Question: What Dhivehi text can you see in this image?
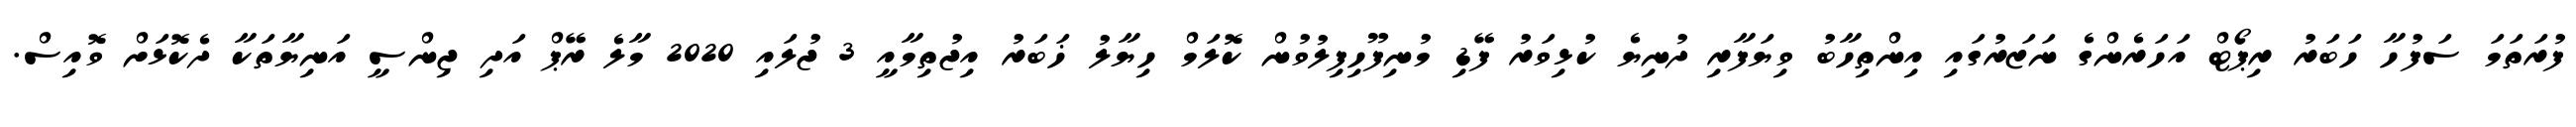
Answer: ފުރަތަމަ ސަފުހާ ހަބަރު ރިޕޯޓް އަހަރެންގެ ނަޒަރުގައި އިންތިހާބު ވިޔަފާރި ދުނިޔެ ކުޅިވަރު ފޭޑި މުނިފޫހިފިލުވުން ކޮލަމް ހިޔާލު ޚަބަރު އިޖުތިމާއީ 3 ޖުލައި 2020 މާލެ ރޭޕް އަދި ޖިންސީ އަނިޔާތަކާ ދެކޮޅަށް ވޮއިސް.